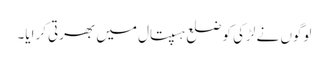
لوگوں نے لڑکی کو ضلع ہسپتال میں بھرتی کرایا۔